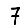
Digit: 7